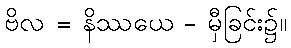
ဗိလ = နိဿယေ - မှီခြင်း၌။